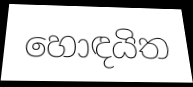
හොඳයිත